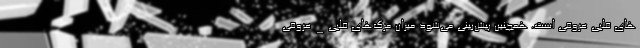
های قلبی عروقی است. همچنین پیش‌بینی می‌شود میزان مرگ‌های قلبی_عروقی